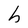
Character: h